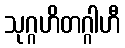
သုဂ္ဂဟိတဂ္ဂါဟီ